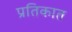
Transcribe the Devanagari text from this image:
प्रतिकात